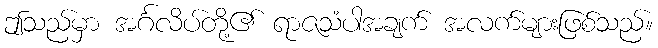
ဤသည်မှာ အင်္ဂလိပ်တို့၏ ရာဇသံပါအချက် အလက်များဖြစ်သည်။